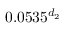
0 . 0 5 3 5 ^ { d _ { 2 } }